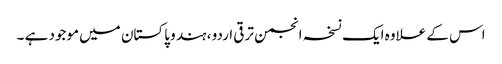
اس کے علاوہ ایک نسخہ انجمن ترقی اردو ، ہند و پاکستان میں موجود ہے ۔